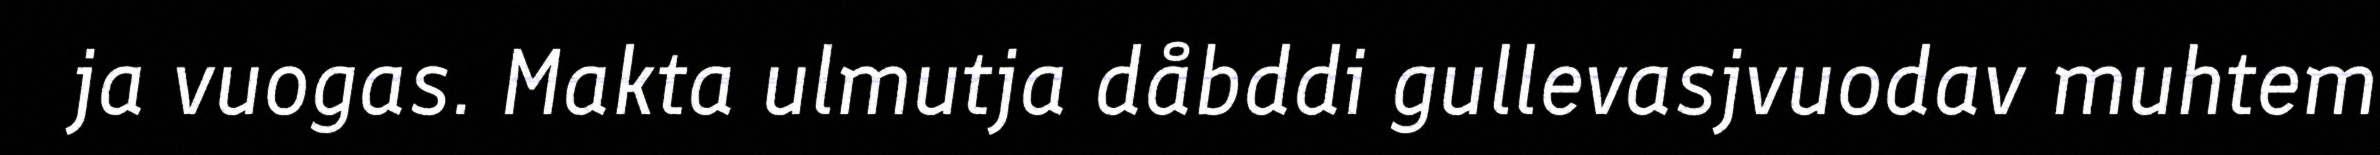
ja vuogas. Makta ulmutja dåbddi gullevasjvuodav muhtem